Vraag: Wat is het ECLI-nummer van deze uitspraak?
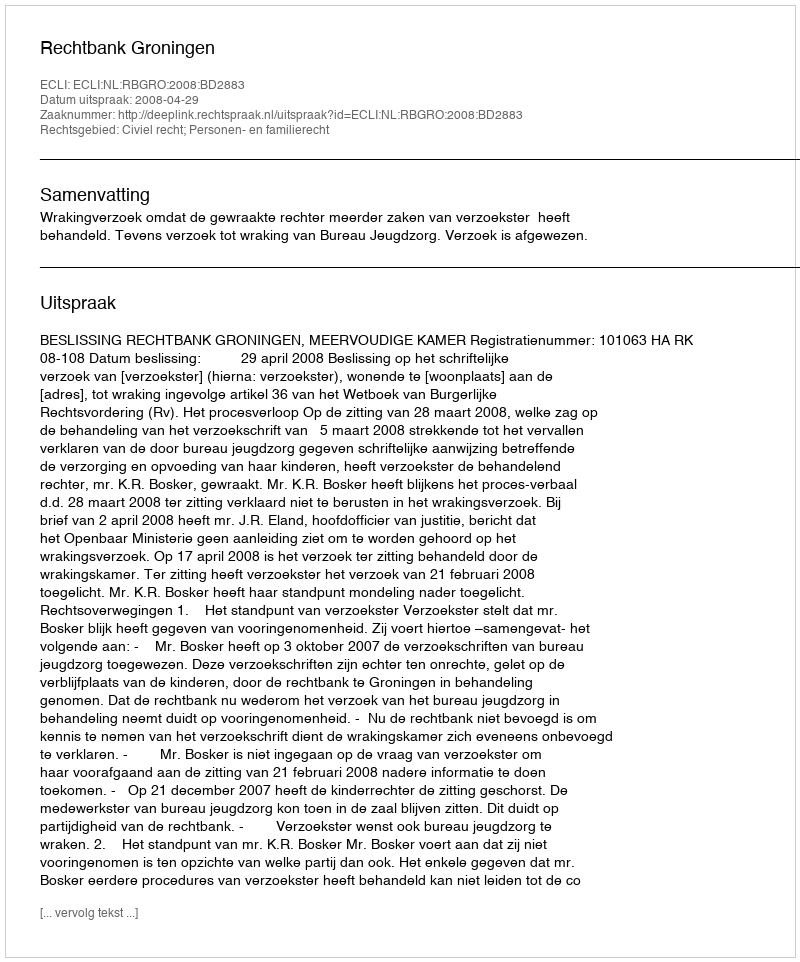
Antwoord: ECLI:NL:RBGRO:2008:BD2883